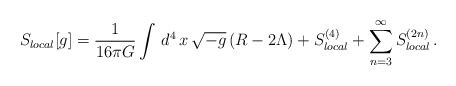
\begin{align*}S_{local}[g] = {1\over 16\pi G}\int\,d^4\,x\,\sqrt{-g}\,(R-2\Lambda) +S_{local}^{(4)} + \sum_{n=3}^{\infty} S_{local}^{(2n)}\,.\end{align*}